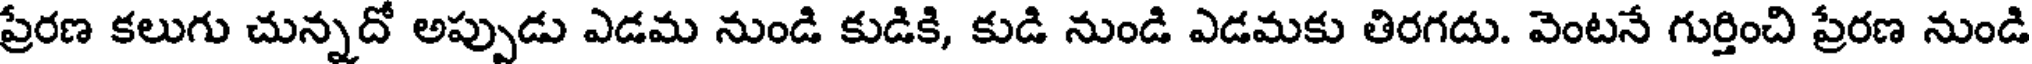
ప్రేరణ కలుగు చున్నదో అప్పుడు ఎడమ నుండి కుడికి, కుడి నుండి ఎడమకు తిరగదు. వెంటనే గుర్తించి ప్రేరణ నుండి